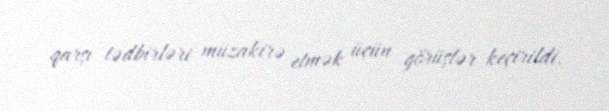
qarşı tədbirləri müzakirə etmək üçün görüşlər keçirildi.